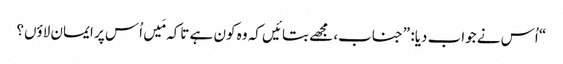
‏“‏ اُس نے جواب دیا:‏ ”‏جناب،‏ مجھے بتائیں کہ وہ کون ہے تاکہ مَیں اُس پر ایمان لاؤں؟